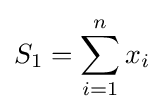
S_{1}=\sum _{i=1}^{n}x_{i}